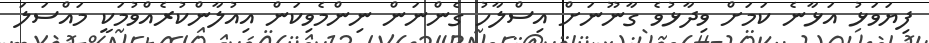
ފިޔަވަޅު އަޅާނެ ކަމަށް ވިދާޅުވެ ގާނޫނަށް އިސްލާހު ގެންނަން ނިންމެވިކަން އިއުލާންކުރެއްވުމަކީ މައްސަލަ